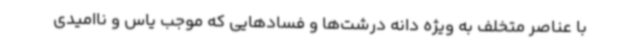
با عناصر متخلف به ویژه دانه درشت‌ها و فسادهایی که موجب یاس و ناامیدی